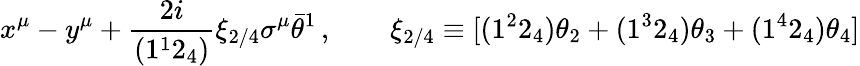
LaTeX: x^{\mu}-y^{\mu}+\frac{2i}{(1^{1}2_{4})}\xi_{2/4}\sigma^{\mu}\bar{\theta}^{1}\, ,\qquad\xi_{2/4}\equiv[(1^{2}2_{4})\theta_{2}+(1^{3}2_{4})\theta_{3}+(1^{4}2_{4})\theta_{4}]